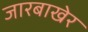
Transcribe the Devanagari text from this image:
जारबाखेर